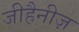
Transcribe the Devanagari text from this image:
जीहैनीज़